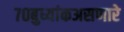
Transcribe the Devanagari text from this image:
७०बुध्यांकअसणारे